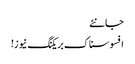
جانئے
افسوسناک بریکنگ نیوز!